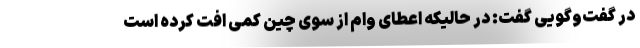
در گفت‌و‌گویی گفت: در حالیکه اعطای وام از سوی چین کمی افت کرده است